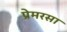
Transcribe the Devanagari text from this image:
प्रेमरसा